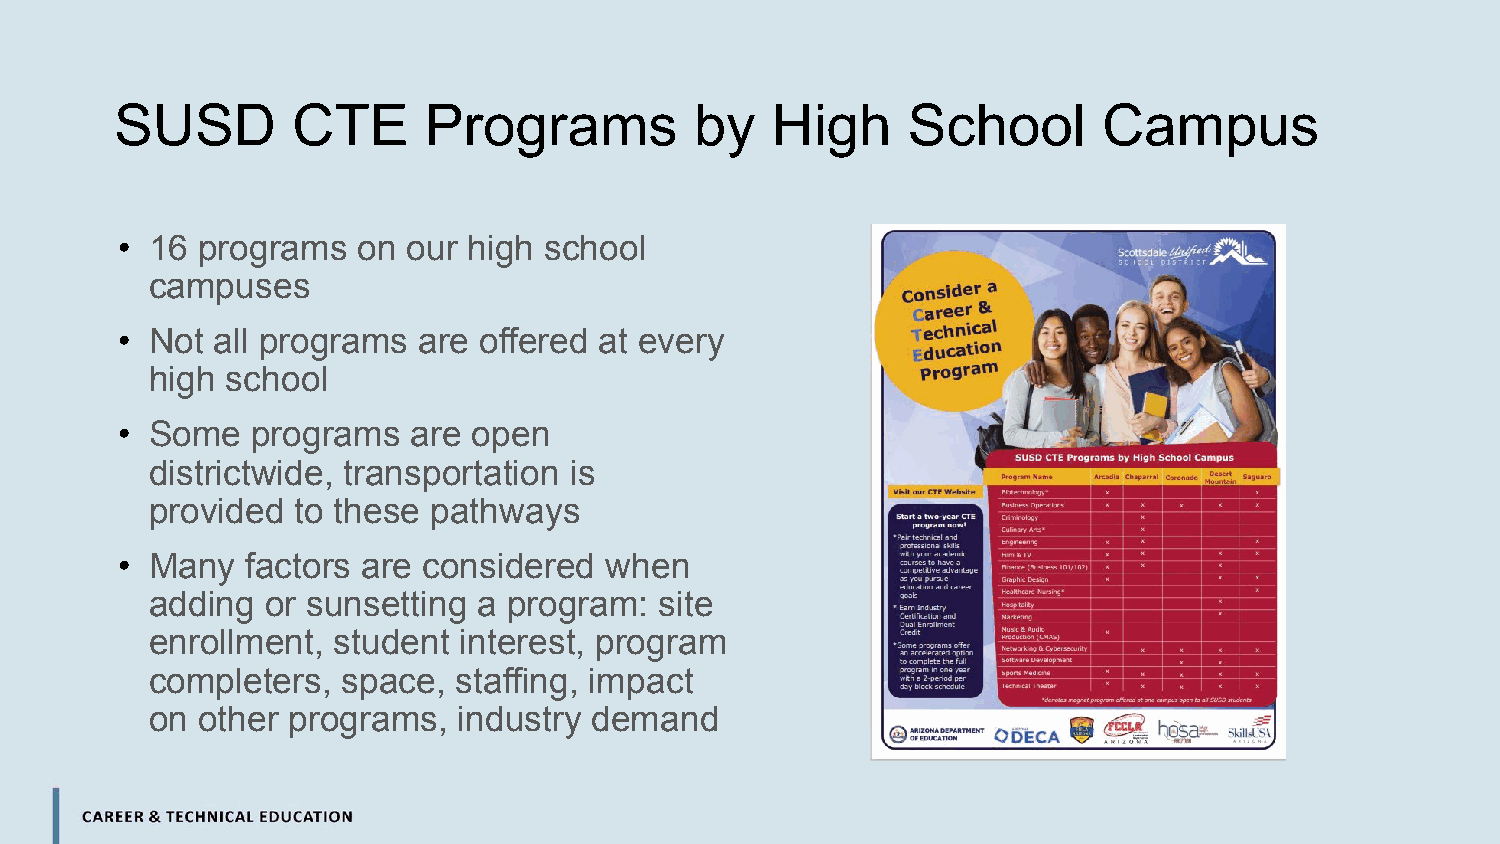
SUSD       CTE      Programs          by   High     School       Campus
 • 16 programs   on our high school
 campuses
 • Not all programs  are offered at every
 high school
 • Some   programs  are open
 districtwide, transportation is
 provided  to these pathways
 • Many  factors are considered  when
 adding  or sunsetting a program:  site
 enrollment, student interest, program
 completers,  space, staffing, impact
 on other programs,  industry demand